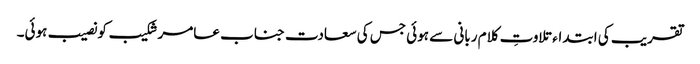
تقریب کی ابتداء تلاوتِ کلام ربانی سے ہوئی جس کی سعادت جناب عامر شکیب کو نصیب ہوئی۔